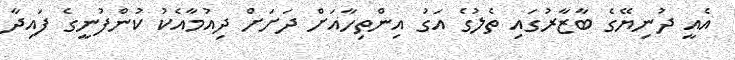
އެއީ ދުނިޔޭގެ ބާޒާރުގައި ތެލުގެ އަގު އިންތިހާއަށް ދަށަށް ދިއުމާއެކު ކުންފުނީގެ ފައިދާ